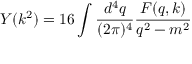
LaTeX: Y ( k ^ { 2 } ) = 1 6 \int { \frac { d ^ { 4 } q } { ( 2 \pi ) ^ { 4 } } } { \frac { F ( q , k ) } { q ^ { 2 } - m ^ { 2 } } }